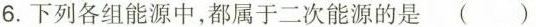
6.下列各组能源中，都属于二次能源的是()